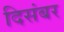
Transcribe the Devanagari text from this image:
दिसंबर